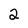
Character: 2